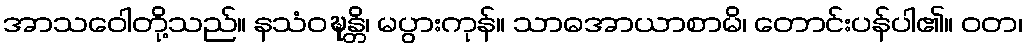
အာသဝေါတို့သည်။ နသံဝဍ္ဎန္တိ၊ မပွားကုန်။ သာဓအာယာစာမိ၊ တောင်းပန်ပါ၏။ ဝတ၊